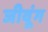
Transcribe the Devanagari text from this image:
जीवूंग